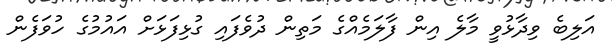
އަލިބެ ވިދާޅުވީ މާލެ އިން ފާލަމެއްގެ މަތިން ދުވެފައި ގުޅިފަޅަށް އައުމުގެ ހުވަފެން